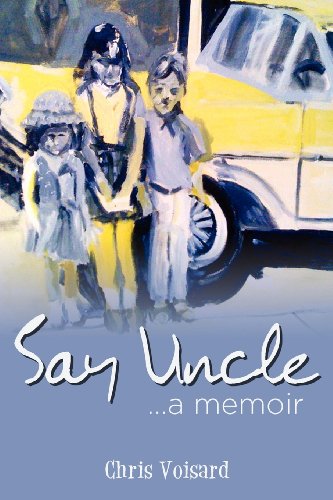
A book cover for Say Uncle; Ms Chris Voisard; Parenting & Relationships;